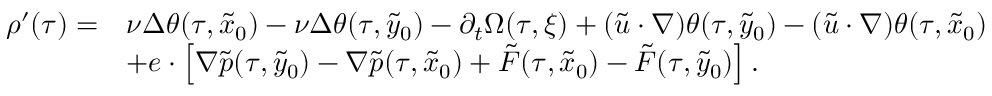
\begin{array} { r l } { \rho ^ { \prime } ( \tau ) = } & { \nu \Delta \theta ( \tau , \tilde { x } _ { 0 } ) - \nu \Delta \theta ( \tau , \tilde { y } _ { 0 } ) - \partial _ { t } \Omega ( \tau , \xi ) + ( \widetilde u \cdot \nabla ) \theta ( \tau , \tilde { y } _ { 0 } ) - ( \widetilde u \cdot \nabla ) \theta ( \tau , \tilde { x } _ { 0 } ) } \\ & { + e \cdot \left[ \nabla \tilde { p } ( \tau , \tilde { y } _ { 0 } ) - \nabla \tilde { p } ( \tau , \tilde { x } _ { 0 } ) + \tilde { F } ( \tau , \tilde { x } _ { 0 } ) - \tilde { F } ( \tau , \tilde { y } _ { 0 } ) \right] . } \end{array}